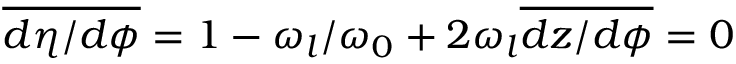
\overline { { d \eta / d \phi } } = 1 - \omega _ { l } / \omega _ { 0 } + 2 \omega _ { l } \overline { { d z / d \phi } } = 0